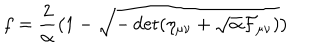
f = { \frac { 2 } { \alpha } } \bigl ( 1 - \sqrt { - \det ( \eta _ { \mu \nu } + \sqrt { \alpha } { \cal F } _ { \mu \nu } ) } \bigr )